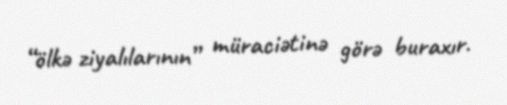
“ölkə ziyalılarının” müraciətinə görə buraxır.